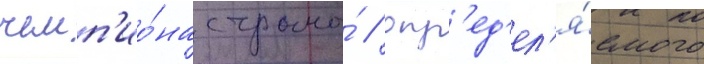
чемп'ио́на страны́ / опр'ед'ел'я́емого